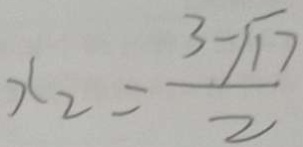
x _ { 2 } = \frac { 3 - \sqrt { 1 7 } } { 2 }